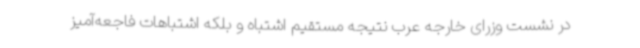
در نشست وزرای خارجه عرب نتیجه مستقیم اشتباه و بلکه اشتباهات فاجعه‌آمیز